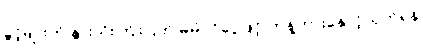
ခွင့်များကို နွားသိုးကြိုးပြတ် မိမိပိုင်ငွေဖြင့် ဟန့်တားနှောင့်ယှက်ရန်